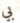
بي